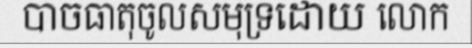
បាចធាតុចូលសមុទ្រដោយ លោក